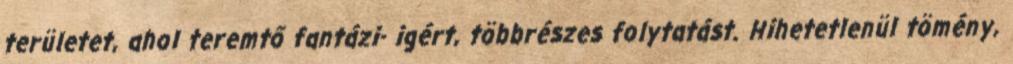
területet, ahol teremtő fantázi- igért, többrészes folytatást. Hihetetlenül tömény,